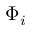
\boldsymbol { \Phi } _ { i }